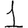
Digit: 1